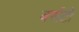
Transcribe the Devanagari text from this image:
बर्सटो